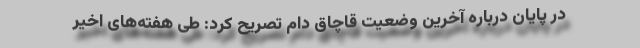
در پایان درباره آخرین وضعیت قاچاق دام تصریح کرد: طی هفته‌های اخیر